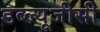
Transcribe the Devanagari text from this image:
डब्ल्यूजीसी